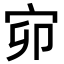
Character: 𡧙